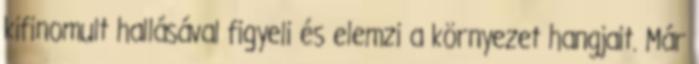
kifinomult hallásával figyeli és elemzi a környezet hangjait. Már